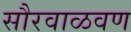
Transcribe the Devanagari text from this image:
सौरवाळवण